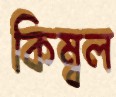
কিম্বল